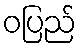
ဝပြည်